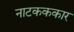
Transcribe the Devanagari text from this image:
नाटकककार